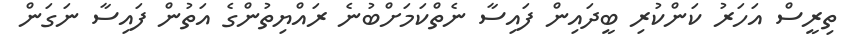
ތިރީސް އަހަރު ކަންކުރި ބީދައިން ފައިސާ ނެތްކަމަށްބުނެ ރައްޔިތުންގެ އަތުން ފައިސާ ނަގަން